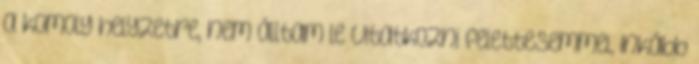
a komoly helyzetre, nem álltam le vitatkozni felettesemmel, inkább